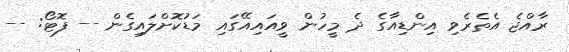
ރާއްޖެ އެތެރެވި އިންޑިއާގެ ދެ މީހުން ވީއައިއޭގައި މަޑުކޮށްލައިގެން -- ފޮޓޯ: --